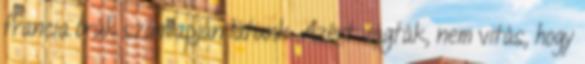
francia órák számlapján látunk. Azért vágták, nem vitás, hogy